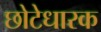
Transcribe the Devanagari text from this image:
छोटेधारक